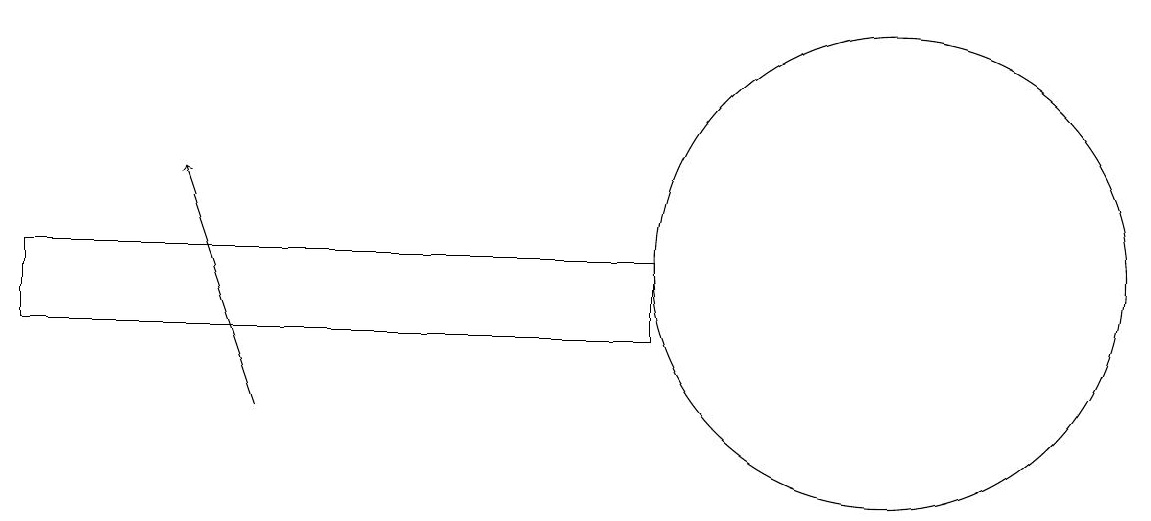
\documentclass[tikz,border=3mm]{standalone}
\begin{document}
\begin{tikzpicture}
\draw (11,12) circle (3);
\draw (10,11) circle (0);
\draw (0,12) rectangle (8,11);
\draw[->] (3,10) -- (2,13);
\draw (12,10) circle (0);
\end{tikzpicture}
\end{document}